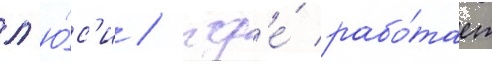
л'ю́с'и / гд'е́ рабо́тает